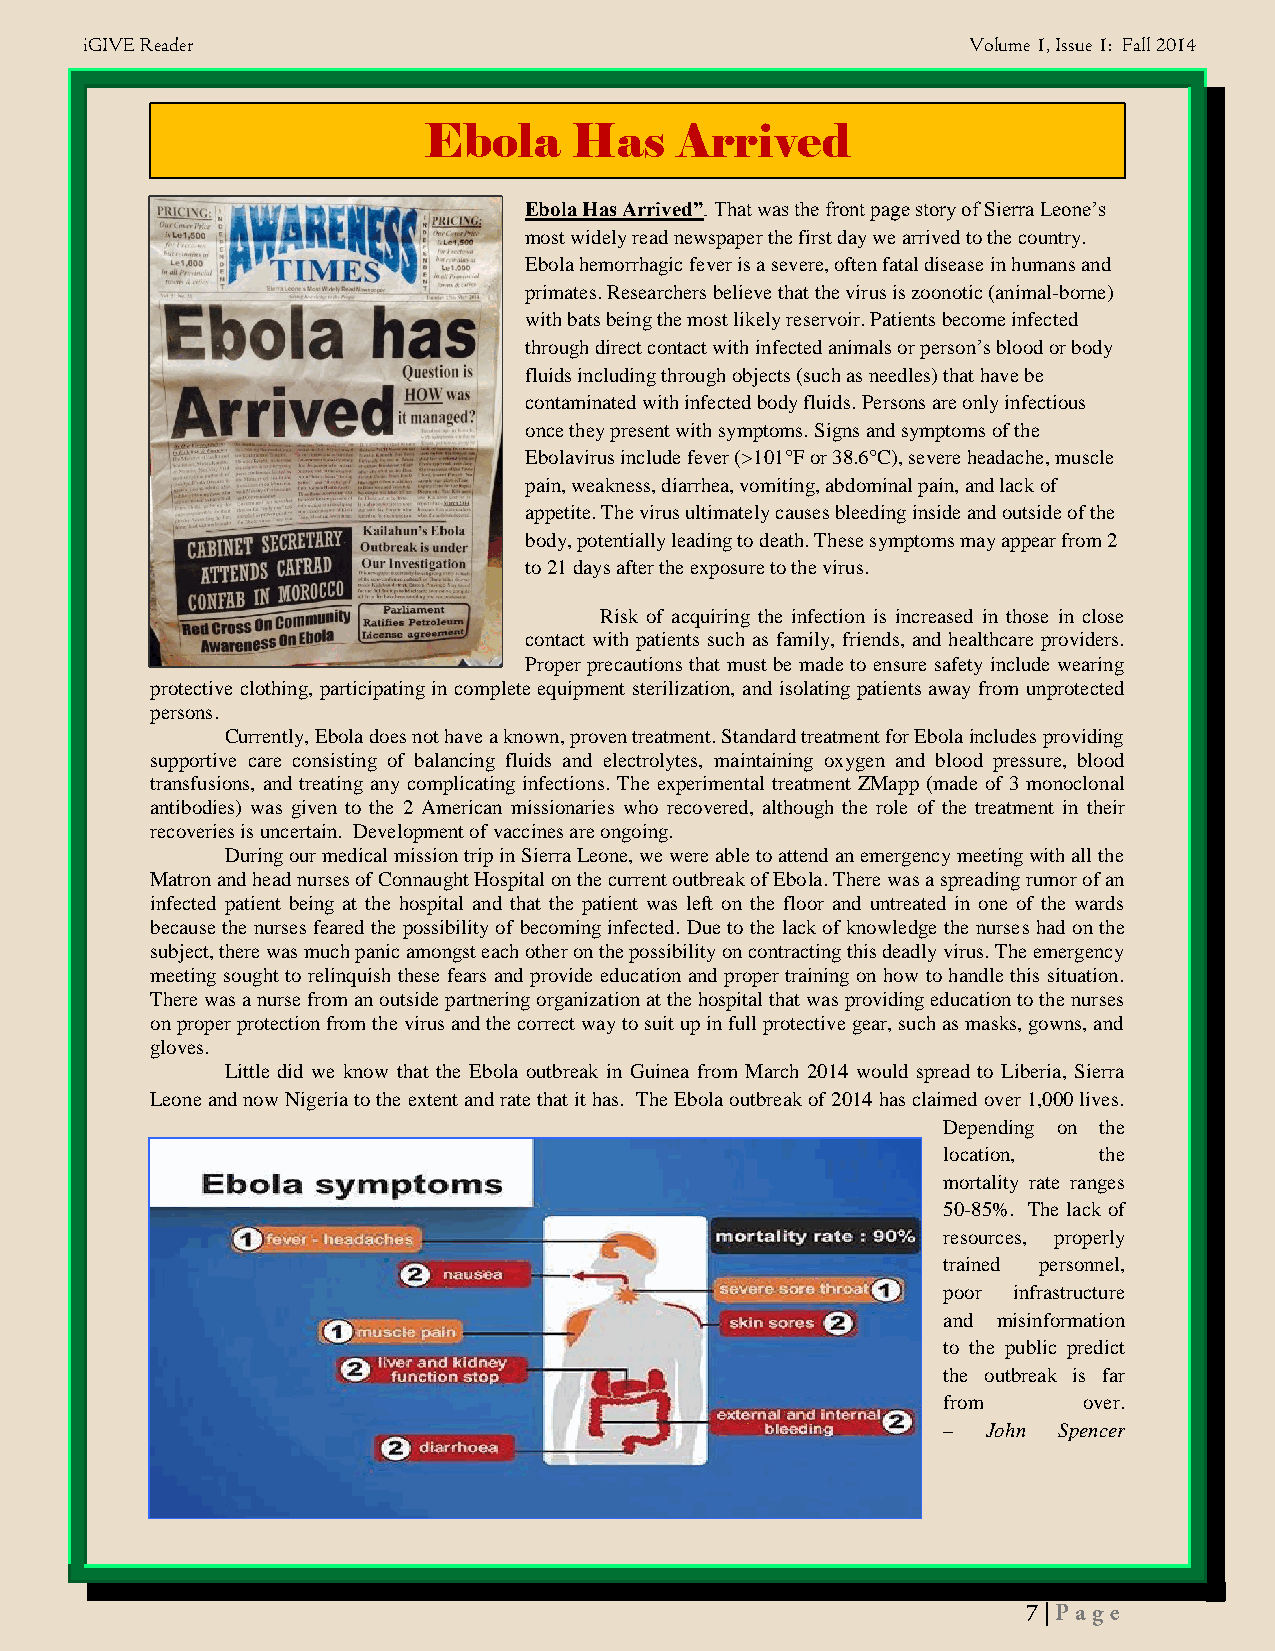
iGIVE Reader                                               Volume 1, Issue 1: Fall 2014
 Ebola     Has    Arrived
 Ebola Has Arrived”. That was the front page story of Sierra Leone’s
 most widely read newspaper the first day we arrived to the country.
 Ebola hemorrhagic fever is a severe, often fatal disease in humans and
 primates. Researchers believe that the virus is zoonotic (animal-borne)
 with bats being the most likely reservoir. Patients become infected
 through direct contact with infected animals or person’s blood or body
 fluids including through objects (such as needles) that have be
 contaminated with infected body fluids. Persons are only infectious
 once they present with symptoms. Signs and symptoms of the
 Ebolavirus include fever (>101°F or 38.6°C), severe headache, muscle
 pain, weakness, diarrhea, vomiting, abdominal pain, and lack of
 appetite. The virus ultimately causes bleeding inside and outside of the
 body, potentially leading to death. These symptoms may appear from 2
 to 21 days after the exposure to the virus.
 Risk of acquiring the infection is increased in those in close
 contact with patients such as family, friends, and healthcare providers.
 Proper precautions that must be made to ensure safety include wearing
 protective clothing, participating in complete equipment sterilization, and isolating patients away from unprotected
 persons.
 Currently, Ebola does not have a known, proven treatment. Standard treatment for Ebola includes providing
 supportive care consisting of balancing fluids and electrolytes, maintaining oxygen and blood pressure, blood
 transfusions, and treating any complicating infections. The experimental treatment ZMapp (made of 3 monoclonal
 antibodies) was given to the 2 American missionaries who recovered, although the role of the treatment in their
 recoveries is uncertain. Development of vaccines are ongoing.
 During our medical mission trip in Sierra Leone, we were able to attend an emergency meeting with all the
 Matron and head nurses of Connaught Hospital on the current outbreak of Ebola. There was a spreading rumor of an
 infected patient being at the hospital and that the patient was left on the floor and untreated in one of the wards
 because the nurses feared the possibility of becoming infected. Due to the lack of knowledge the nurses had on the
 subject, there was much panic amongst each other on the possibility on contracting this deadly virus. The emergency
 meeting sought to relinquish these fears and provide education and proper training on how to handle this situation.
 There was a nurse from an outside partnering organization at the hospital that was providing education to the nurses
 on proper protection from the virus and the correct way to suit up in full protective gear, such as masks, gowns, and
 gloves.
 Little did we know that the Ebola outbreak in Guinea from March 2014 would spread to Liberia, Sierra
 Leone and now Nigeria to the extent and rate that it has. The Ebola outbreak of 2014 has claimed over 1,000 lives.
 Depending on the
 location,  the
 mortality rate ranges
 50-85%. The lack of
 resources, properly
 trained personnel,
 poor infrastructure
 and misinformation
 to the public predict
 the outbreak is far
 from      over.
 –  John Spencer